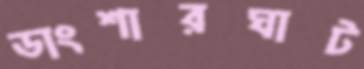
ডাংশারঘাট